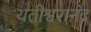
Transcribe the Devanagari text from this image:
यतीश्वरानंद